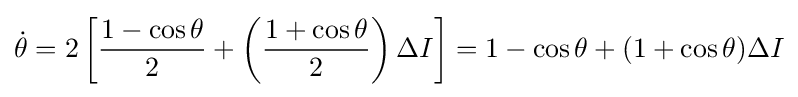
{\dot {\theta }}=2\left[{\frac {1-\cos \theta }{2}}+\left({\frac {1+\cos \theta }{2}}\right)\Delta I\right]=1-\cos \theta +(1+\cos \theta )\Delta I